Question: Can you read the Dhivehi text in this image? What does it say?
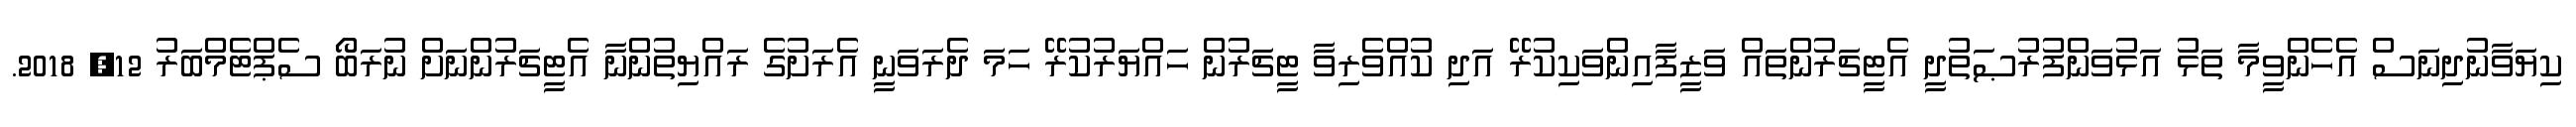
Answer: ކިޔަވާނުދިނަސް އެހެންވީމާ ތަޅު އަޅުވަންފުރުޞަތުދީ އެޓީޗަރުންތައް ވަޒީފާއިންވަކިކުރޭ އަދި ކުއްވެރިވާ ޓީޗަރުން ހައްޔަރުކުރޭ ހަމަ ދެރަވަނީ އެރަށުގެ ރައްޔިތުންނާ އެޓީޗަރުންނަށް ނުރަބޯ ސެޕްޓެމްބަރު 12, 2018.